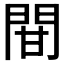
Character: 𨳼